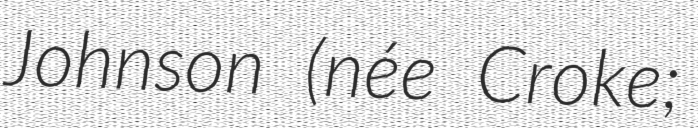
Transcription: Johnson (née Croke;